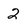
Character: 2